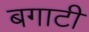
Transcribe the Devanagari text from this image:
बगाटी